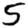
Digit: 5